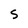
Character: S